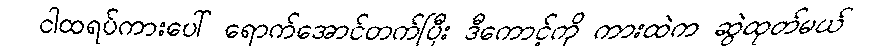
ငါထရပ်ကားပေါ် ရောက်အောင်တက်ပြီး ဒီကောင့်ကို ကားထဲက ဆွဲထုတ်မယ်